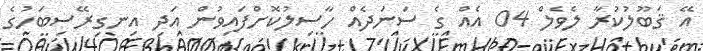
އޭ ޤަބޫލުކުރާ ލެވެލް 04 އެއް ގެ ސަނަދެއް ހާސިލުކޮށްފައިވުން އަދި އިނގިރޭސިބަހުގެ